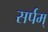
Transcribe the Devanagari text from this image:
सर्पम्